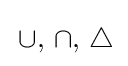
\,\cup ,\,\cap ,\,\triangle